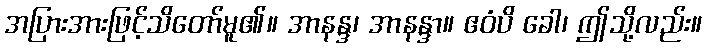
အပြားအားဖြင့်သိတော်မူ၏။ အာနန္ဒ၊ အာနန္ဒာ။ ဧဝံပိ ခေါ၊ ဤသို့လည်း။